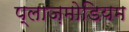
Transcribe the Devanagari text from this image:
प्लाज़मोडियम